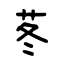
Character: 苳